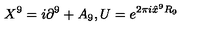
X ^ { 9 } = i \partial ^ { 9 } + A _ { 9 } , U = e ^ { 2 \pi i \hat { x } ^ { 9 } R _ { 9 } }